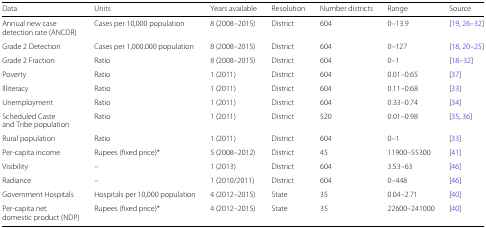
<table><thead><tr><td><b>Data</b></td><td><b>Units</b></td><td><b>Years available</b></td><td><b>Resolution</b></td><td><b>Number districts</b></td><td><b>Range</b></td><td><b>Source</b></td></tr></thead><tbody><tr><td>Annual new case</td><td>Cases per 10,000 population</td><td>8 (2008–2015)</td><td>District</td><td>604</td><td>0–13.9</td><td>[19, 26–32]</td></tr><tr><td>detection rate (ANCDR)</td><td colspan="6"></td></tr><tr><td>Grade 2 Detection</td><td>Cases per 1,000,000 population</td><td>8 (2008–2015)</td><td>District</td><td>604</td><td>0–127</td><td>[18, 20–25]</td></tr><tr><td>Grade 2 Fraction</td><td>Ratio</td><td>8 (2008–2015)</td><td>District</td><td>604</td><td>0–1</td><td>[18–32]</td></tr><tr><td>Poverty</td><td>Ratio</td><td>1 (2011)</td><td>District</td><td>604</td><td>0.01–0.65</td><td>[37]</td></tr><tr><td>Illiteracy</td><td>Ratio</td><td>1 (2011)</td><td>District</td><td>604</td><td>0.11–0.68</td><td>[33]</td></tr><tr><td>Unemployment</td><td>Ratio</td><td>1 (2011)</td><td>District</td><td>604</td><td>0.33–0.74</td><td>[34]</td></tr><tr><td>Scheduled Caste</td><td>Ratio</td><td>1 (2011)</td><td>District</td><td>520</td><td>0.01–0.98</td><td>[35, 36]</td></tr><tr><td>and Tribe population</td><td colspan="6"></td></tr><tr><td>Rural population</td><td>Ratio</td><td>1 (2011)</td><td>District</td><td>604</td><td>0–1</td><td>[33]</td></tr><tr><td>Per-capita income</td><td>Rupees (fixed price)*</td><td>5 (2008–2012)</td><td>District</td><td>45</td><td>11900–55300</td><td>[41]</td></tr><tr><td>Visibility</td><td>–</td><td>1 (2013)</td><td>District</td><td>604</td><td>3.53–63</td><td>[46]</td></tr><tr><td>Radiance</td><td>–</td><td>1 (2010/2011)</td><td>District</td><td>604</td><td>0–448</td><td>[46]</td></tr><tr><td>Government Hospitals</td><td>Hospitals per 10,000 population</td><td>4 (2012–2015)</td><td>State</td><td>35</td><td>0.04–2.71</td><td>[40]</td></tr><tr><td>Per-capita net</td><td>Rupees (fixed price)*</td><td>4 (2012–2015)</td><td>State</td><td>35</td><td>22600–241000</td><td>[40]</td></tr><tr><td>domestic product (NDP)</td><td colspan="6"></td></tr></tbody></table>